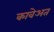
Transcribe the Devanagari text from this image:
कावेअत